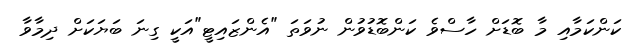
ކަންކަމާއި މާ ބޮޑަށް ހާސްވެ ކަންބޮޑުވުން ނުވަތަ "އެންޒައިޓީ"އަކީ ގިނަ ބަޔަކަށް ދިމާވާ